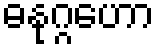
ဓနုဂ္ဂဟော